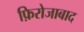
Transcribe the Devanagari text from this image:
फ़िरोजाबाद